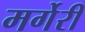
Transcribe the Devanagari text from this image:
मर्गेरी